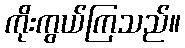
ကိုးကွယ်ကြသည်။